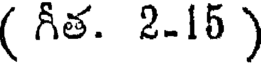
( గీత. 2-15 )